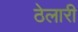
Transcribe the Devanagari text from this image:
ठेलारी